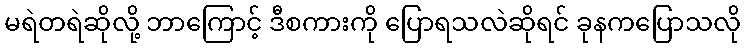
မရဲတရဲဆိုလို့ ဘာကြောင့် ဒီစကားကို ပြောရသလဲဆိုရင် ခုနကပြောသလို